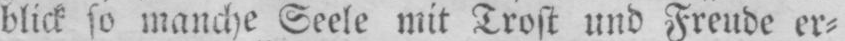
blick so manche Seele mit Trost und Freude er⸗